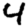
Digit: 4